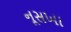
નૂસખા